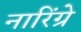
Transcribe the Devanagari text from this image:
नारिंग्रे